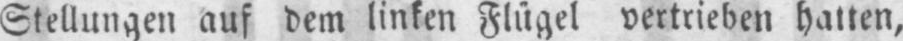
Stellungen auf dem linken Flügel vertrieben hatten,